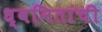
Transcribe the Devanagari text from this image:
ध्वनितांची